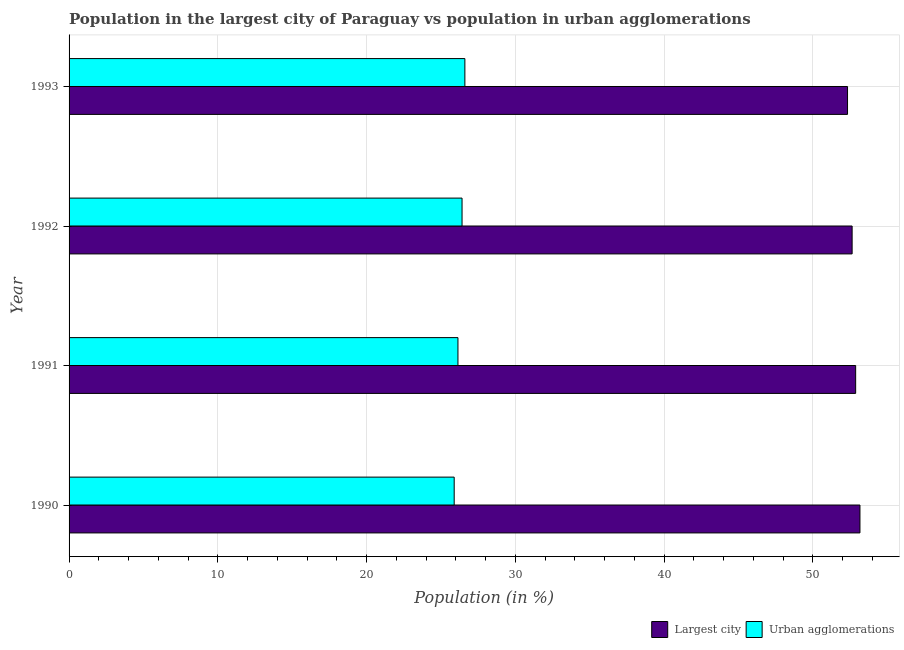
| Year | Largest city | Urban agglomerations |
 | --- | --- | --- |
 | 1990 | 53.2 | 25.9 |
 | 1991 | 52.9 | 26.1 |
 | 1992 | 52.6 | 26.4 |
 | 1993 | 52.3 | 26.6 |